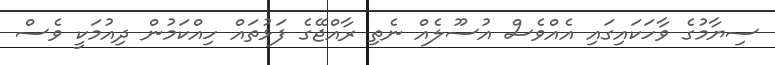
ސިޔާމުގެ ވާހަކައިގައި އެއްވެސް އުސޫލެއް ނެތި ރާއްޖޭގެ ފަޅުތައް ހިއްކަމުން ދިއުމަކީ ވެސް